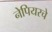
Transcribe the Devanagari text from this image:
नेपियरचे